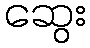
ဆွေး